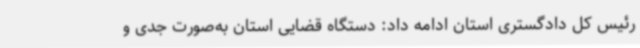
رئیس کل دادگستری استان ادامه داد: دستگاه قضایی استان به‌صورت جدی و